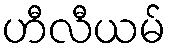
ဟီလီယမ်